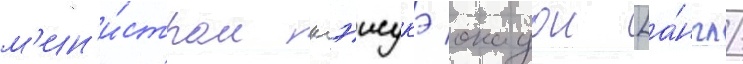
м'ин'и́стром кэисукэ окадои [а́нгл.